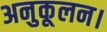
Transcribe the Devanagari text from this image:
अनुकूलन।